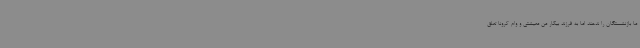
ما بازنشستگان را ندهند اما به فرزند بیکار من معیشتی و وام کرونا تعلق